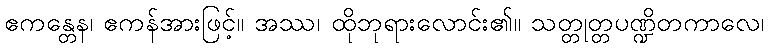
ဧကန္တေန၊ ဧကန်အားဖြင့်။ အဿ၊ ထိုဘုရားလောင်း၏။ သတ္တုတ္တပဏ္ဍိတကာလေ၊